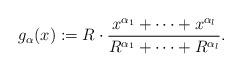
LaTeX: \begin{align*}g_\alpha(x) := R \cdot \frac{x^{\alpha_1} + \dots +x^{\alpha_l}}{R^{\alpha_1} + \dots + R^{\alpha_l}}. \end{align*}